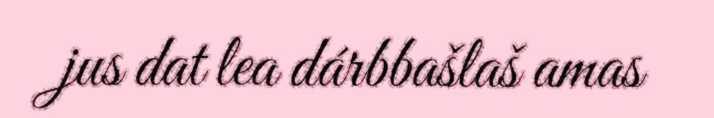
jus dat lea dárbbašlaš amas